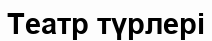
Театр түрлері